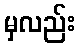
မှလည်း